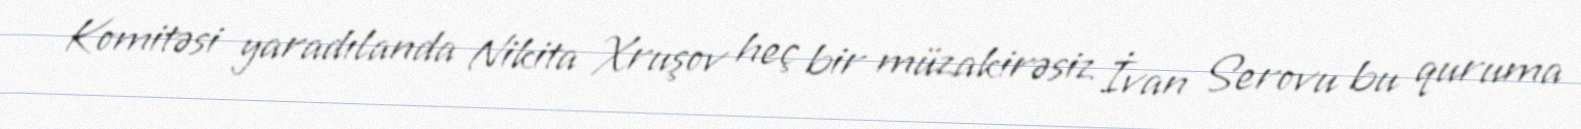
Komitəsi yaradılanda Nikita Xruşov heç bir müzakirəsiz İvan Serovu bu quruma